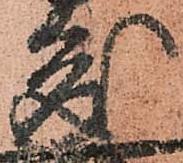
成